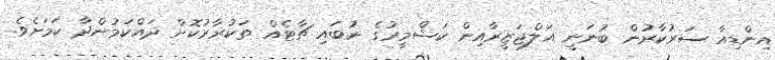
އިންޑިއާ ސަރުކާރުން ބުނަނީ އަލްޖަޒީރާއިން ކަޝްމީރުގެ ނުބައި ޗާޓެއް ތަކުރާރުކޮށް ދައްކަމުންދާ ކަމަށެވެ.